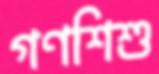
গণশিশু